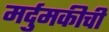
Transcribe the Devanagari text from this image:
मर्दुमकीची